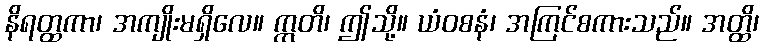
နိရတ္ထကာ၊ အကျိုးမရှိလေ။ ဣတိ၊ ဤသို့။ ယံဝစနံ၊ အကြင်စကားသည်။ အတ္ထိ၊